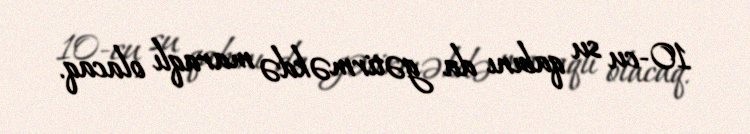
10-cu su qabını da gətirməkdə maraqlı olacaq.